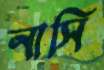
নাসি